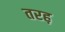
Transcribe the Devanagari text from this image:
तरह़